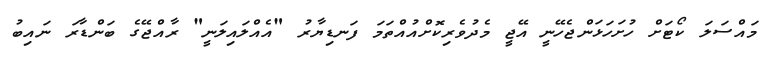
މައްސަލަ ކޯޓަށް ހުށަހަޅަންޖެހޭނީ އޭޖީ މެދުވެރިކޮށްއުއްތަމަ ފަނޑިޔާރު "އެއްލައިލަނީ" ރާއްޖޭގެ ބަންޑާރަ ނައިބު